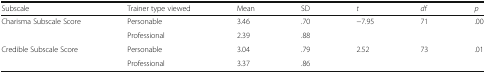
<table><thead><tr><td><b>Subscale</b></td><td><b>Trainer type viewed</b></td><td><b>Mean</b></td><td><b>SD</b></td><td><b><i>t</i></b></td><td><b><i>df</i></b></td><td><b><i>p</i></b></td></tr></thead><tbody><tr><td>Charisma Subscale Score</td><td>Personable</td><td>3.46</td><td>.70</td><td>−7.95</td><td>71</td><td>.00</td></tr><tr><td></td><td>Professional</td><td>2.39</td><td>.88</td><td></td><td></td><td></td></tr><tr><td>Credible Subscale Score</td><td>Personable</td><td>3.04</td><td>.79</td><td>2.52</td><td>73</td><td>.01</td></tr><tr><td></td><td>Professional</td><td>3.37</td><td>.86</td><td></td><td></td><td></td></tr></tbody></table>